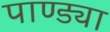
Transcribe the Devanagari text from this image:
पाण्ड्या